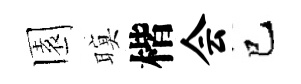
園暝楷会巳